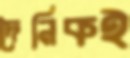
দৈনিকই